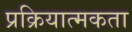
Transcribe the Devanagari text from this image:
प्रक्रियात्मकता